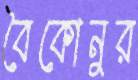
বৈকোনুর